Report of the Indian Hemp Drugs Commission, 1894-1895 - Volume V
Year: 1894
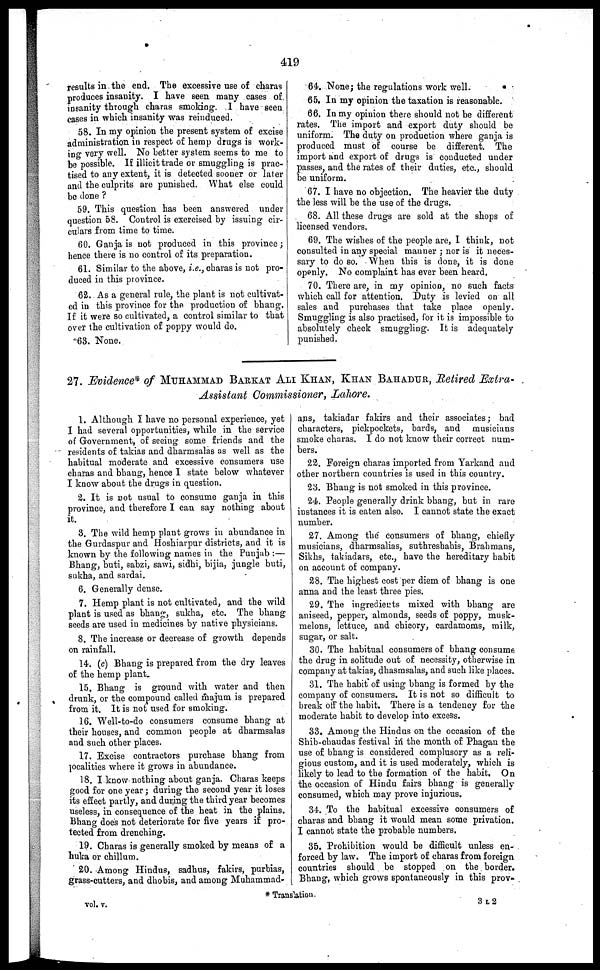
419
results in the end. The excessive use of charas
produces insanity. I have seen many cases of
insanity through charas smoking. I have seen
cases in which insanity was reinduced.
58. In my opinion the present system of excise
administration in respect of hemp drugs is work-
ing very well. No better system seems to me to
be possible. If illicit trade or smuggling is prac-
tised to any extent, it is detected sooner or later
and the culprits are punished. What else could
be done ?
59. This question has been answered under
question 58. Coutrol is exercised by issuing cir-
culars from time to time.
60. Ganja is not produced in this province;
hence there is no control of its preparation.
61. Similar to the above, i.e., charas is not pro-
duced in this province.
62. As a general rule, the plant is not cultivat-
ed in this province for the production of bhang,
If it were so cultivated, a control similar to that
over the cultivation of poppy would do.
63. None.
64. None; the regulations work well.
65. In my opinion the taxation is reasonable.
66. In my opinion there should not be different
rates. The import and export duty should be
uniform. The duty on production where ganja is
produced must of course be different. The
import and export of drugs is conducted under
passes, and the rates of their duties, etc., should
be uniform.
67. I have no objection. The heavier the duty
the less will be the use of the drugs.
68. All these drugs are sold at the shops of
licensed vendors.
69. The wishes of the people are, I think, not
consulted in any special manner ; nor is it neces-
sary to do so. When this is done, it is done
openly. No complaint has ever been heard.
70. There are, in my opinion, no such facts
which call for attention. Duty is levied on all
sales and purchases that take place openly.
Smuggling is also practised, for it is impossible to
absolutely check smuggling. It is adequately
punished.
27. Evidence of MUHAMMAD BARKAT ALI KHAN, KHAN BAHADUR , Retired Extra-
Assistant Commissioner, Lahore.
1. Although I have no personal experience, yet
I had several opportunities, while in the service
of Government, of seeing some friends and the
residents of takias and dharmsalas as well as the
habitual moderate and excessive consumers use
charas and bhang, hence 1 state below whatever
I know about the drugs in question.
2. It is not usual to consume ganja in this
province, and therefore I can say nothing about
it.
3. The wild hemp plant grows in abundance in
the Gurdaspur and Hoshiarpur districts, and it is
known by the following names in the Punjab :—
Bhang, buti, sabzi, sawi, sidhi, bijia, jungle buti,
sukha, and sardai.
6. Generally dense.
7. Hemp plant is not cultivated, and the wild
plant is used as bhang, sukha, etc. The bhang
seeds are used in medicines by native physicians.
8. The increase or decrease of growth depends
on rainfall.
14. (c) Bhang is prepared from the dry leaves
of the hemp plant.
15. Bhang is ground with water and then
drunk, or the compound called majum is prepared
from it. It is not used for smoking.
16. Well-to-do consumers consume bhang at
their houses, and common people at dharmsalas
and such other places.
17. Excise contractors purchase bhang from
ocalities where it grows in abundance.
18. I know nothing about ganja. Charas keeps
good for one year; during the second year it loses
its effect partly, and during the third year becomes
useless, in consequence of the heat in the plains.
Bhang does not deteriorate for five years if pro-
tected from drenching.
19. Charas is generally smoked by means of a
huka or chillum.
20. Among Hindus, sadhus, fakirs, purbias,
grass-cutters, and dhobis, and among Muhammad-
ans, takiadar fakirs and their associates; bad
characters, pickpockets, bards, and musicians
smoke charas. I do not know their correct num-
bers.
22. Foreign charas imported from Yarkand and
other northern countries is used in this country.
23. Bhang is not smoked in this province.
24. People generally drink bhang, but in rare
instances it is eaten also. I cannot state the exact
number.
27. Among the consumers of bhang, chiefly
musicians, dharmsalias, suthreshahis, Brahmans,
Sikhs, takiadars, etc., have the hereditary habit
on account of company.
23. The highest cost per diem of bhang is one
anna and the least three pies.
29. The ingredients mixed with bhang are
aniseed, pepper, almonds, seeds of poppy, musk-
melons, lettuce, and chicory, cardamoms, milk,
sugar, or salt.
30. The habitual consumers of bhang consume
the drug in solitude out of necessity, otherwise in
company at takias, dhasmsalas, and such like places.
31. The habit of using bhang is formed by the
company of consumers. It is not so difficult to
break off the habit. There is a tendency for the
moderate habit to develop into excess.
33. Among the Hindus on the occasion of the
Shib-chaudas festival in the month of Phagan the
use of bhang is considered complusory as a reli-
gious custom, and it is used moderately, which is
likely to lead to the formation of the habit. On
the occasion of Hindu fairs bhang is generally
consumed, which may prove injurious.
31. To the habitual excessive consumers of
charas and bhang it would mean some privation.
I cannot state the probable numbers.
35. Prohibition would be difficult unless en-
forced by law. The import of charas from foreign
countries should be stopped on the border.
Bhang, which grows spontaneously in this prov-
* Transition.
vol. v.
3 L 2